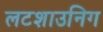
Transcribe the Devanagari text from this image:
लटशाउनिग